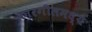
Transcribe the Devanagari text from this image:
कारगीलमध्ये